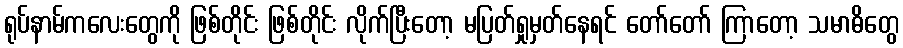
ရုပ်နာမ်ကလေးတွေကို ဖြစ်တိုင်း ဖြစ်တိုင်း လိုက်ပြီးတော့ မပြတ်ရှုမှတ်နေရင် တော်တော် ကြာတော့ သမာဓိတွေ